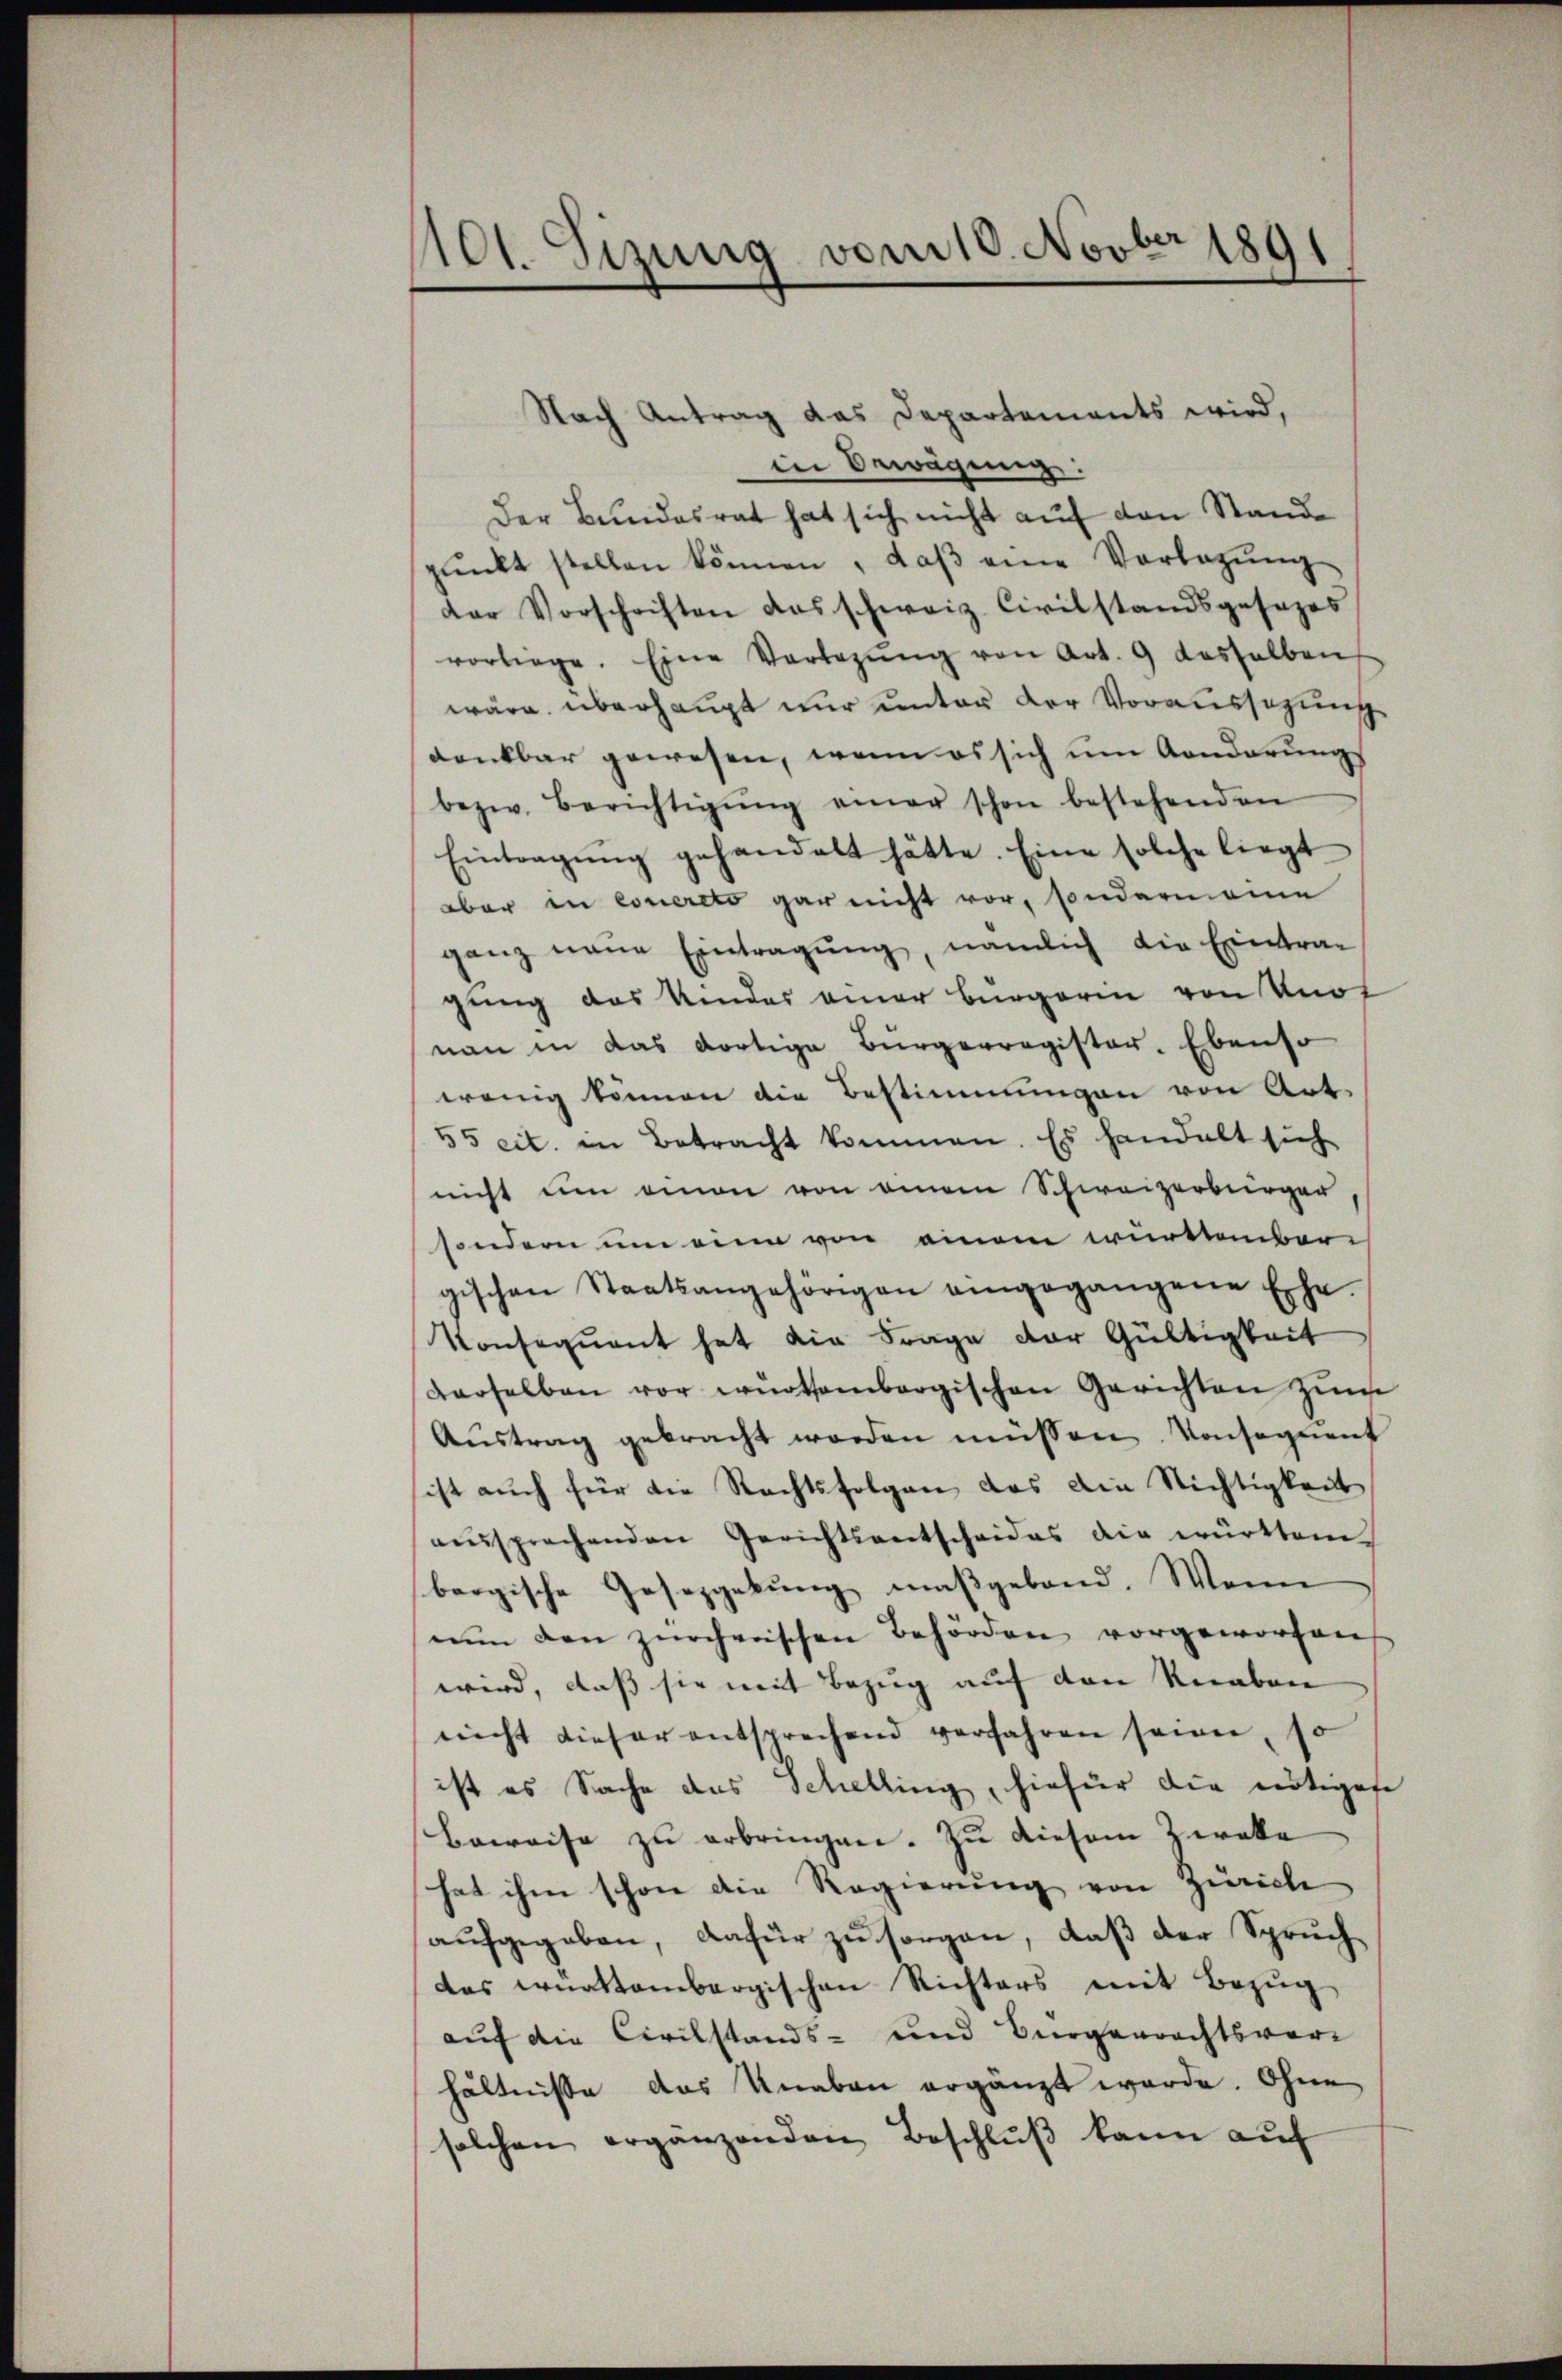
A01. Sizung vom 10. Novber 1891

Nach Antrag das Departements wird,
in Bewegung:
Der Bundesrat hat sich nicht auf den Stande
pŭnkt stellen können, daβ eine Vorlegŭng
Dar Vorschriften das schweiz. Civilstandsgesezes
vortrage. Eine Vorlegŭng von Art. 9 desselben
wäre überhaupt nur unter der Voraussagung
dankbar gewesen, wenn es sich um Anderungs
bezw. Berichtigŭng einer schon bestehenden
Eintragŭng gehandelt hätte. Eine solche liegt
aber in concreto gar nicht vor, sondermeine
ganz neue Eintragŭng, nämlich die Eintrag
gung des Kinder einer Bürgerin von Knof
nan in das dortige Bürgerregister. Ebenso
wenig können die Bestimmungen von Art.
55 cit. in Betracht kommen. Es handelt sich
nicht um einen von einem Schweizerbürger
sondern um eine von einem württember
gischen Staatsangehörigen eingegangene Ehe.
Konsequent hat die Frage der Gültigkeit
derselben vor ernothambergischen Gerichten zŭm
Austrag gebracht worden müssen Konsequent
sist auch für die Rechtsfolgen, das die Nichtigkeit
aŭssprechenden Gerichtsentscheides die württem
bergische Gesetzgebung maßgebend. Wenn
nun den zürcherischen Behörden vorgeworfen
wird, dass sie mit Bezug auf den Knaben
nicht dieser entsprechend verfahren sowie, so
ist es Sache des Schelling, hiefür die nötigese
Beweise zu erbringen. Zu diesem Zweke
hat ihm schon die Regierung von Zürich
aufgegeben, dafür zu sorgen, daß der Spruchdas württembergischen Richters mit Bezug
auf die Civilstands- und Bürgerrechtsver-
hältnisse das Knaben ergänzt werde. Ohne
solchen ergänzenden Beschlŭβ kann aŭf